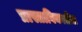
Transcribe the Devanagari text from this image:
प्रास्ताविकातील